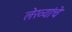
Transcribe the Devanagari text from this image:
लेख्यांचे